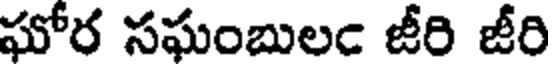
ఘోర సఘంబులఁ జీరి జీరి